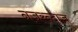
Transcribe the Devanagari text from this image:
नजरन्दाज